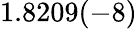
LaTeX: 1.8209(-8)